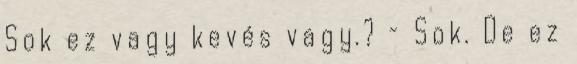
Sok ez vagy kevés vagy.? – Sok. De ez